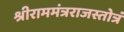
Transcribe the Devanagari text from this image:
श्रीराममंत्रराजस्तोत्रं